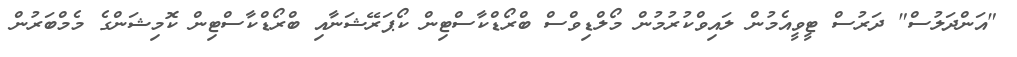
"އަންދަލުސް" ދަރުސް ޓީވީއެމުން ލައިވްކުރުމުން މޯލްޑިވްސް ބްރޯޑްކާސްޓިން ކޯޕަރޭޝަނާއި ބްރޯޑްކާސްޓިން ކޮމިޝަންގެ މެމްބަރުން